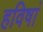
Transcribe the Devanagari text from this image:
हविषां